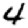
Digit: 4